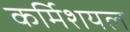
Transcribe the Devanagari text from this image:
कर्मिशयल